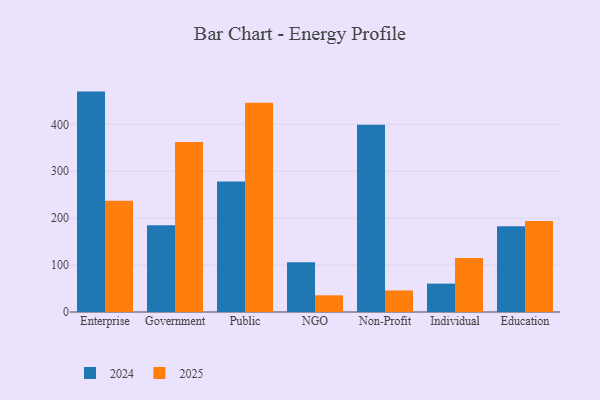
{"axis": {"x": "Segment", "y": "Headcount"}, "legend": ["2024", "2025"], "data": [{"x": "Enterprise", "y": 237.4, "type": "2025"}, {"x": "Enterprise", "y": 469.9, "type": "2024"}, {"x": "Government", "y": 362.3, "type": "2025"}, {"x": "Government", "y": 184.8, "type": "2024"}, {"x": "Public", "y": 446.0, "type": "2025"}, {"x": "Public", "y": 278.2, "type": "2024"}, {"x": "NGO", "y": 35.6, "type": "2025"}, {"x": "NGO", "y": 106.2, "type": "2024"}, {"x": "Non-Profit", "y": 46.0, "type": "2025"}, {"x": "Non-Profit", "y": 399.1, "type": "2024"}, {"x": "Individual", "y": 114.9, "type": "2025"}, {"x": "Individual", "y": 60.5, "type": "2024"}, {"x": "Education", "y": 193.9, "type": "2025"}, {"x": "Education", "y": 182.6, "type": "2024"}]}